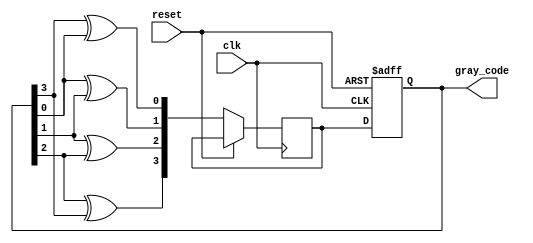
module gray_code_ring_counter(
    input clk,
    input reset,
    output reg [3:0] gray_code
);

reg [3:0] next_gray_code;

always @(posedge clk or posedge reset) begin
    if (reset) begin
        gray_code <= 4'b0000;
    end else begin
        next_gray_code[0] <= gray_code[3] ^ gray_code[0];
        next_gray_code[1] <= gray_code[0] ^ gray_code[1];
        next_gray_code[2] <= gray_code[1] ^ gray_code[2];
        next_gray_code[3] <= gray_code[2] ^ gray_code[3];
        
        gray_code <= next_gray_code;
    end
end

endmodule